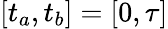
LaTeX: [t_{a},t_{b}]=[0,\tau]